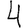
Digit: 4